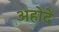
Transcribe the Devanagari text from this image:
अहोदे